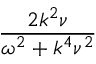
\displaystyle \frac { 2 k ^ { 2 } \nu } { \omega ^ { 2 } + k ^ { 4 } \nu ^ { 2 } }